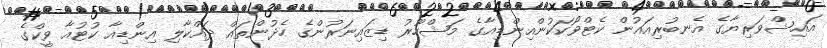
އައިޝްވަރިޔާގެ އެނބުރިއައުން ކެޓްވޯކަކުންއިންޑިއާގެ މަޝްހޫރު ޑިޒައިނަރުންގެ ހެދުންތައް ދައްކާލި އިންޑިއާ ކުޓުއާ ވީކްގެ